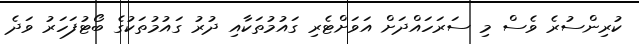
ކުރިންސުރެ ވެސް މި ސަރަހައްދަށް އަވަށްޓެރި ގައުމުތަކާއި ދުރު ގައުމުތަކުގެ ބޯޓުފަހަރު ވަދެ